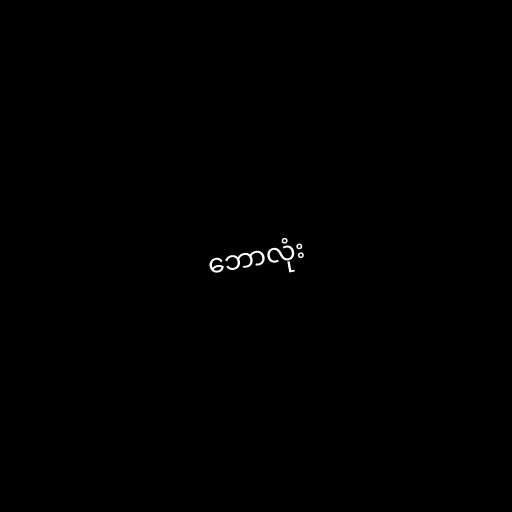
ဘောလုံး